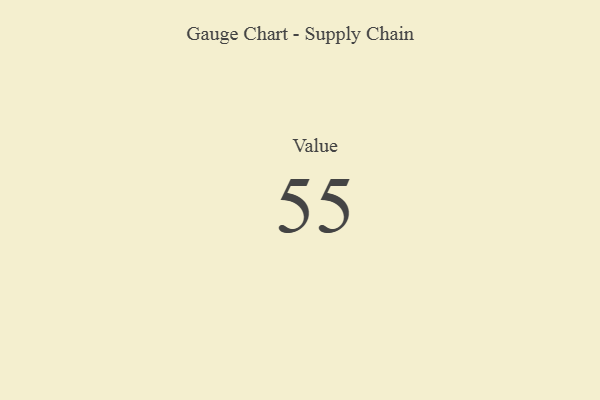
{"axis": {"x": "Metric", "y": "Value"}, "legend": [""], "data": [{"x": "Value", "y": 55, "type": ""}]}